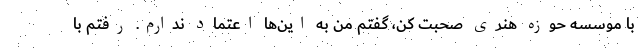
با موسسه حوزه هنری صحبت کن، گفتم من به این‌ها اعتماد ندارم. رفتم با